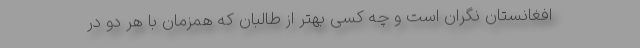
افغانستان نگران است و چه کسی بهتر از طالبان که همزمان با هر دو در